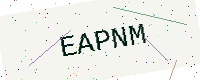
Text: EAPNM